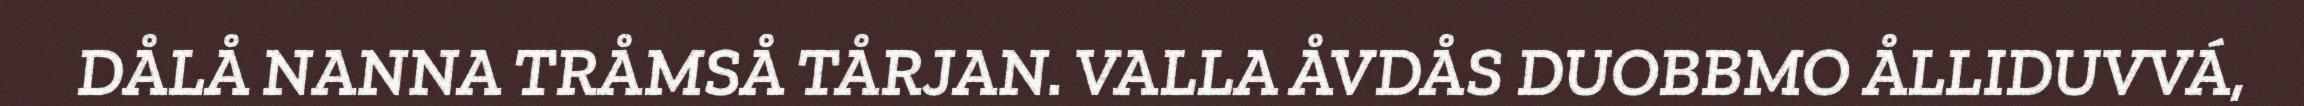
DÅLÅ NANNA TRÅMSÅ TÅRJAN. VALLA ÅVDÅS DUOBBMO ÅLLIDUVVÁ,